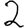
Digit: 2